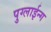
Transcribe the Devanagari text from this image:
पुग्लाईन्ग